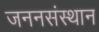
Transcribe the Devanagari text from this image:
जननसंस्थान